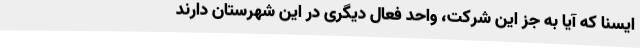
ایسنا که آیا به جز این شرکت، واحد فعال دیگری در این شهرستان دارند